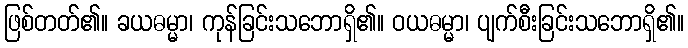
ဖြစ်တတ်၏။ ခယဓမ္မာ၊ ကုန်ခြင်းသဘောရှိ၏။ ဝယဓမ္မာ၊ ပျက်စီးခြင်းသဘောရှိ၏။